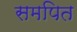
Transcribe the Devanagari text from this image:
समपित